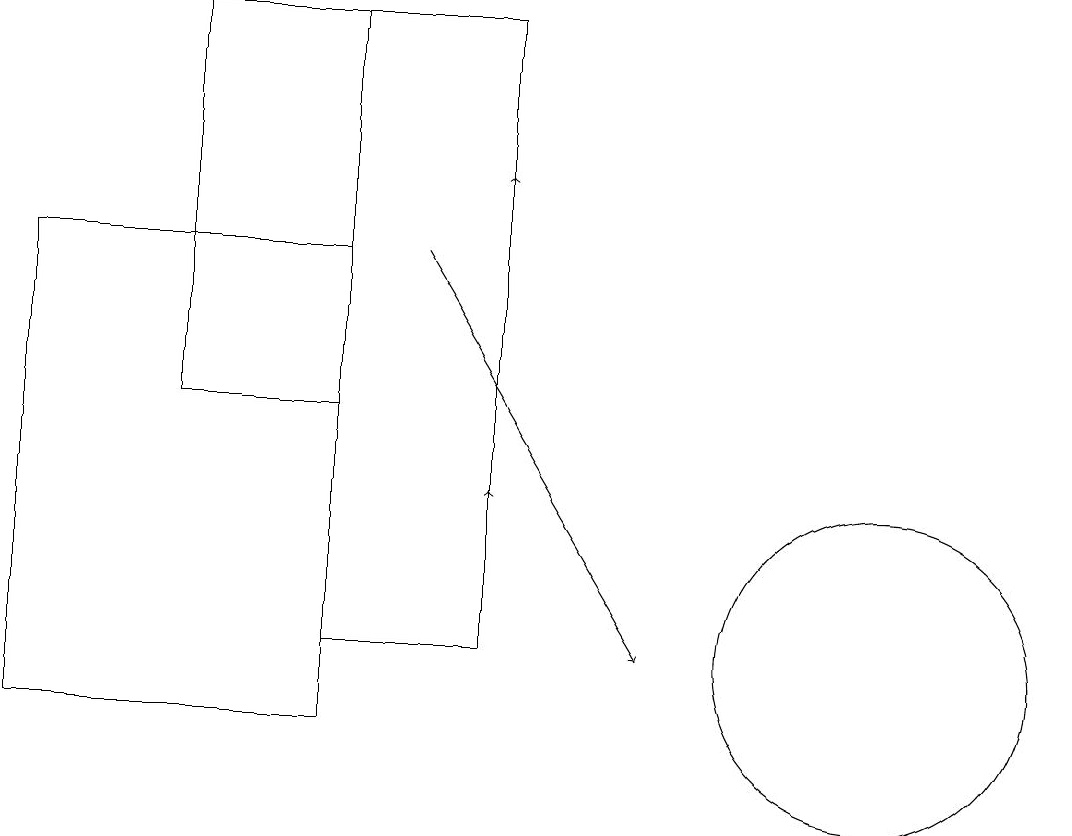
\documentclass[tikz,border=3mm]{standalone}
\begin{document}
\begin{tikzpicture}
\draw (4,14) rectangle (2,19);
\draw (0,16) rectangle (4,10);
\draw (11,11) circle (2);
\draw[->] (6,15) -- (6,17);
\draw[->] (5,16) -- (8,11);
\draw[->] (6,12) -- (6,13);
\draw (6,19) rectangle (4,11);
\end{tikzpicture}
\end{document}